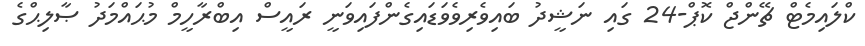
ކްލައިމެޓް ޗޭންޖް ކޮޕް-24 ގައި ނަޝީދު ބައިވެރިވެވަޑައިގެންފައިވަނީ ރައީސް އިބްރާހީމް މުޙައްމަދު ޞާލިޙްގެ